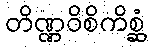
တိဏ္ဏဝိစိကိစ္ဆံ